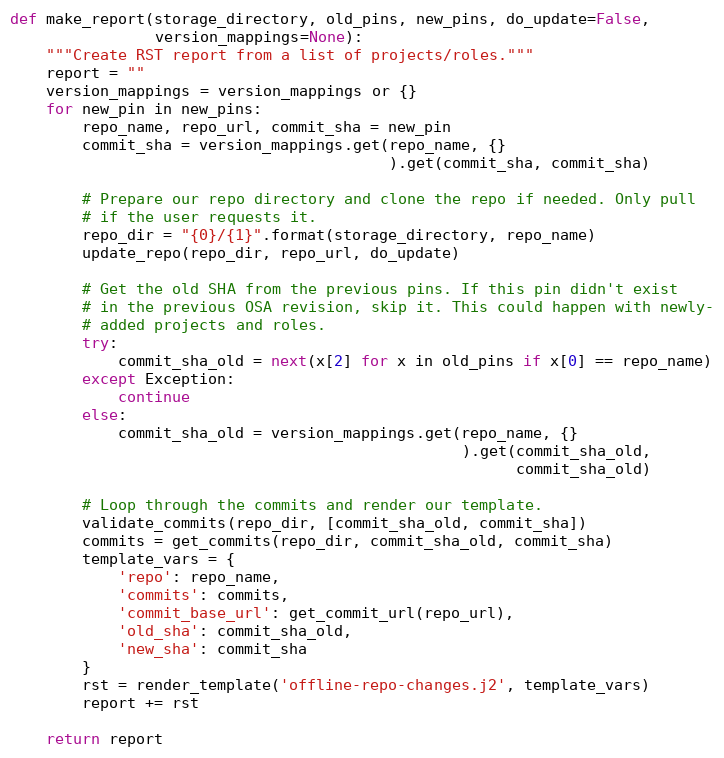
Language: Python
def make_report(storage_directory, old_pins, new_pins, do_update=False,
                version_mappings=None):
    """Create RST report from a list of projects/roles."""
    report = ""
    version_mappings = version_mappings or {}
    for new_pin in new_pins:
        repo_name, repo_url, commit_sha = new_pin
        commit_sha = version_mappings.get(repo_name, {}
                                          ).get(commit_sha, commit_sha)

        # Prepare our repo directory and clone the repo if needed. Only pull
        # if the user requests it.
        repo_dir = "{0}/{1}".format(storage_directory, repo_name)
        update_repo(repo_dir, repo_url, do_update)

        # Get the old SHA from the previous pins. If this pin didn't exist
        # in the previous OSA revision, skip it. This could happen with newly-
        # added projects and roles.
        try:
            commit_sha_old = next(x[2] for x in old_pins if x[0] == repo_name)
        except Exception:
            continue
        else:
            commit_sha_old = version_mappings.get(repo_name, {}
                                                  ).get(commit_sha_old,
                                                        commit_sha_old)

        # Loop through the commits and render our template.
        validate_commits(repo_dir, [commit_sha_old, commit_sha])
        commits = get_commits(repo_dir, commit_sha_old, commit_sha)
        template_vars = {
            'repo': repo_name,
            'commits': commits,
            'commit_base_url': get_commit_url(repo_url),
            'old_sha': commit_sha_old,
            'new_sha': commit_sha
        }
        rst = render_template('offline-repo-changes.j2', template_vars)
        report += rst

    return report